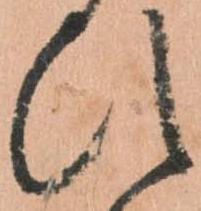
ひ